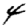
Digit: 4